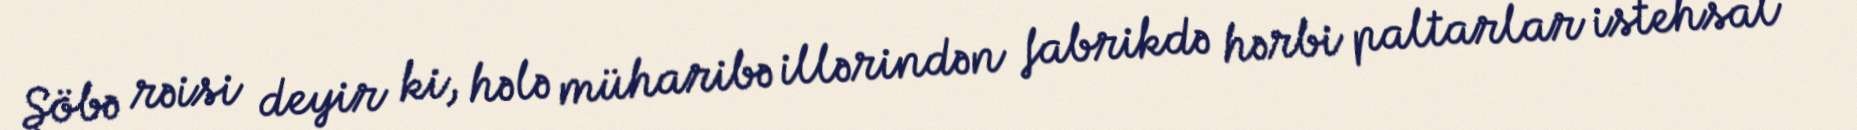
Şöbə rəisi deyir ki, hələ müharibə illərindən fabrikdə hərbi paltarlar istehsal